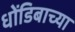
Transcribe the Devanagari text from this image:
धोंडिबाच्या